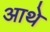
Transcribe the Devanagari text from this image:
आथे